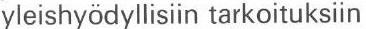
yleishyödyllisiin tarkoituksiin